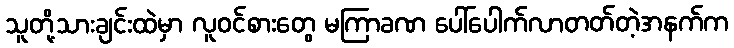
သူတို့သားချင်းထဲမှာ လူဝင်စားတွေ မကြာခဏ ပေါ်ပေါက်လာတတ်တဲ့အနက်က